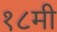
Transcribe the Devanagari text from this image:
१८मी